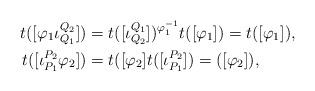
LaTeX: \begin{align*}t([\varphi_1\iota_{Q_1}^{Q_2}])&=t([\iota_{Q_2}^{Q_1}])^{\varphi_1^{-1}}t([\varphi_1])=t([\varphi_1]), \\t([\iota_{P_1}^{P_2}\varphi_2])&=t([\varphi_2]t([\iota_{P_1}^{P_2}])=([\varphi_2]),\end{align*}